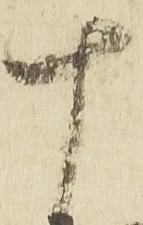
十